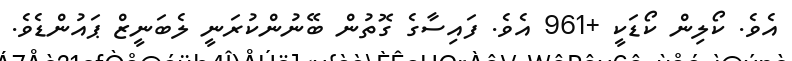
އެވެ. ކޯލިން ކޯޑަކީ +961 އެވެ. ފައިސާގެ ގޮތުން ބޭނުންކުރަނީ ލެބަނީޒް ޕައުންޑެވެ.